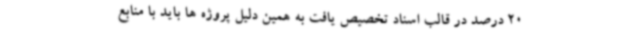
20 درصد در قالب اسناد تخصیص یافت به همین دلیل پروژه ها باید با منابع